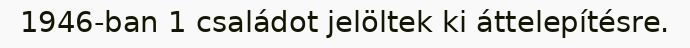
1946-ban 1 családot jelöltek ki áttelepítésre.